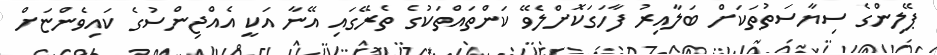
ޕޭލިންގެ ސިޔާސަތުތަކަށް ބަލާއިރު ފާހަގަކޮށްލެވޭ ކަންތައްތަކުގެ ތެރޭގައި އޭނާ އަކީ އެއްޖިންސުގެ ކައިވެންޏަށް